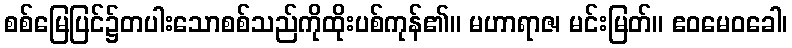
စစ်မြေပြင်၌တပါးသောစစ်သည်ကိုထိုးပစ်ကုန်၏။ မဟာရာဇ၊ မင်းမြတ်။ ဧဝမေဝခေါ၊